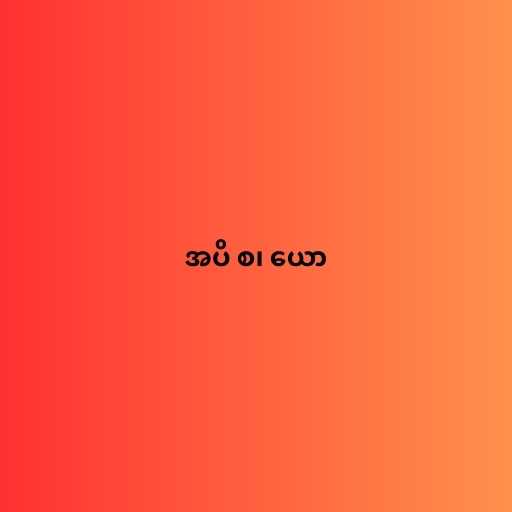
အပိ စ၊ ယော